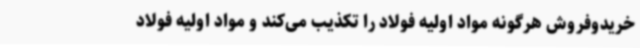
خریدوفروش هرگونه مواد اولیه فولاد را تکذیب می‌کند و مواد اولیه فولاد